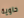
حاوية